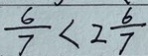
\frac { 6 } { 7 } < 2 \frac { 6 } { 7 }